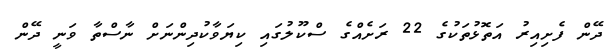
ދޭން ފެށިއިރު އަތޮޅުތަކުގެ 22 ރަށެއްގެ ސްކޫލުގައި ކިޔަވާކުދިންނަށް ނާސްތާ ވަނީ ދޭން